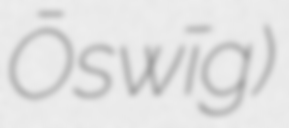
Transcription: Ōswīg)